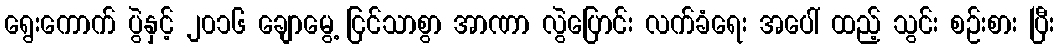
ရွေးကောက် ပွဲနှင့် ၂၀၁၆ ချောမွေ့ ငြင်သာစွာ အာဏာ လွဲပြောင်း လက်ခံရေး အပေါ် ထည့် သွင်း စဉ်းစား ပြီး